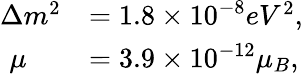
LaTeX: \begin{array}{ll}{{\Delta m^{2}}}&{{=1.8\times 10^{-8}eV^{2},}}\\ {{\, \, \mu}}&{{=3.9\times 10^{-12}\mu_{B},}}\end{array}